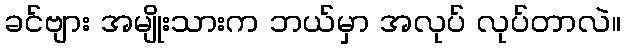
ခင်ဗျား အမျိုးသားက ဘယ်မှာ အလုပ် လုပ်တာလဲ။